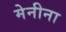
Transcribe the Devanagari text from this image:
मेनीना